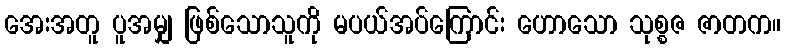
အေးအတူ ပူအမျှ ဖြစ်သောသူကို မပယ်အပ်ကြောင်း ဟောသော သုစ္စဇ ဇာတက။